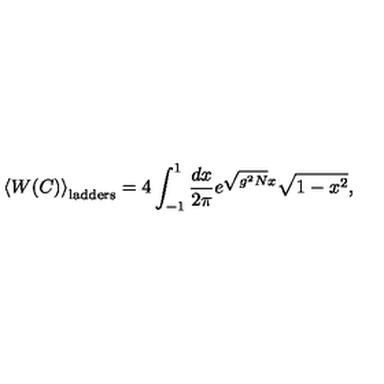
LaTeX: \left< W ( C ) \right> _ { \mathrm { l a d d e r s } } = 4 \int _ { - 1 } ^ { 1 } \frac { d x } { 2 \pi } e ^ { \sqrt { g ^ { 2 } N } x } \sqrt { 1 - x ^ { 2 } } ,